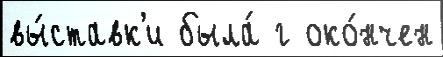
вы́ставк'и была́ г око́нчен